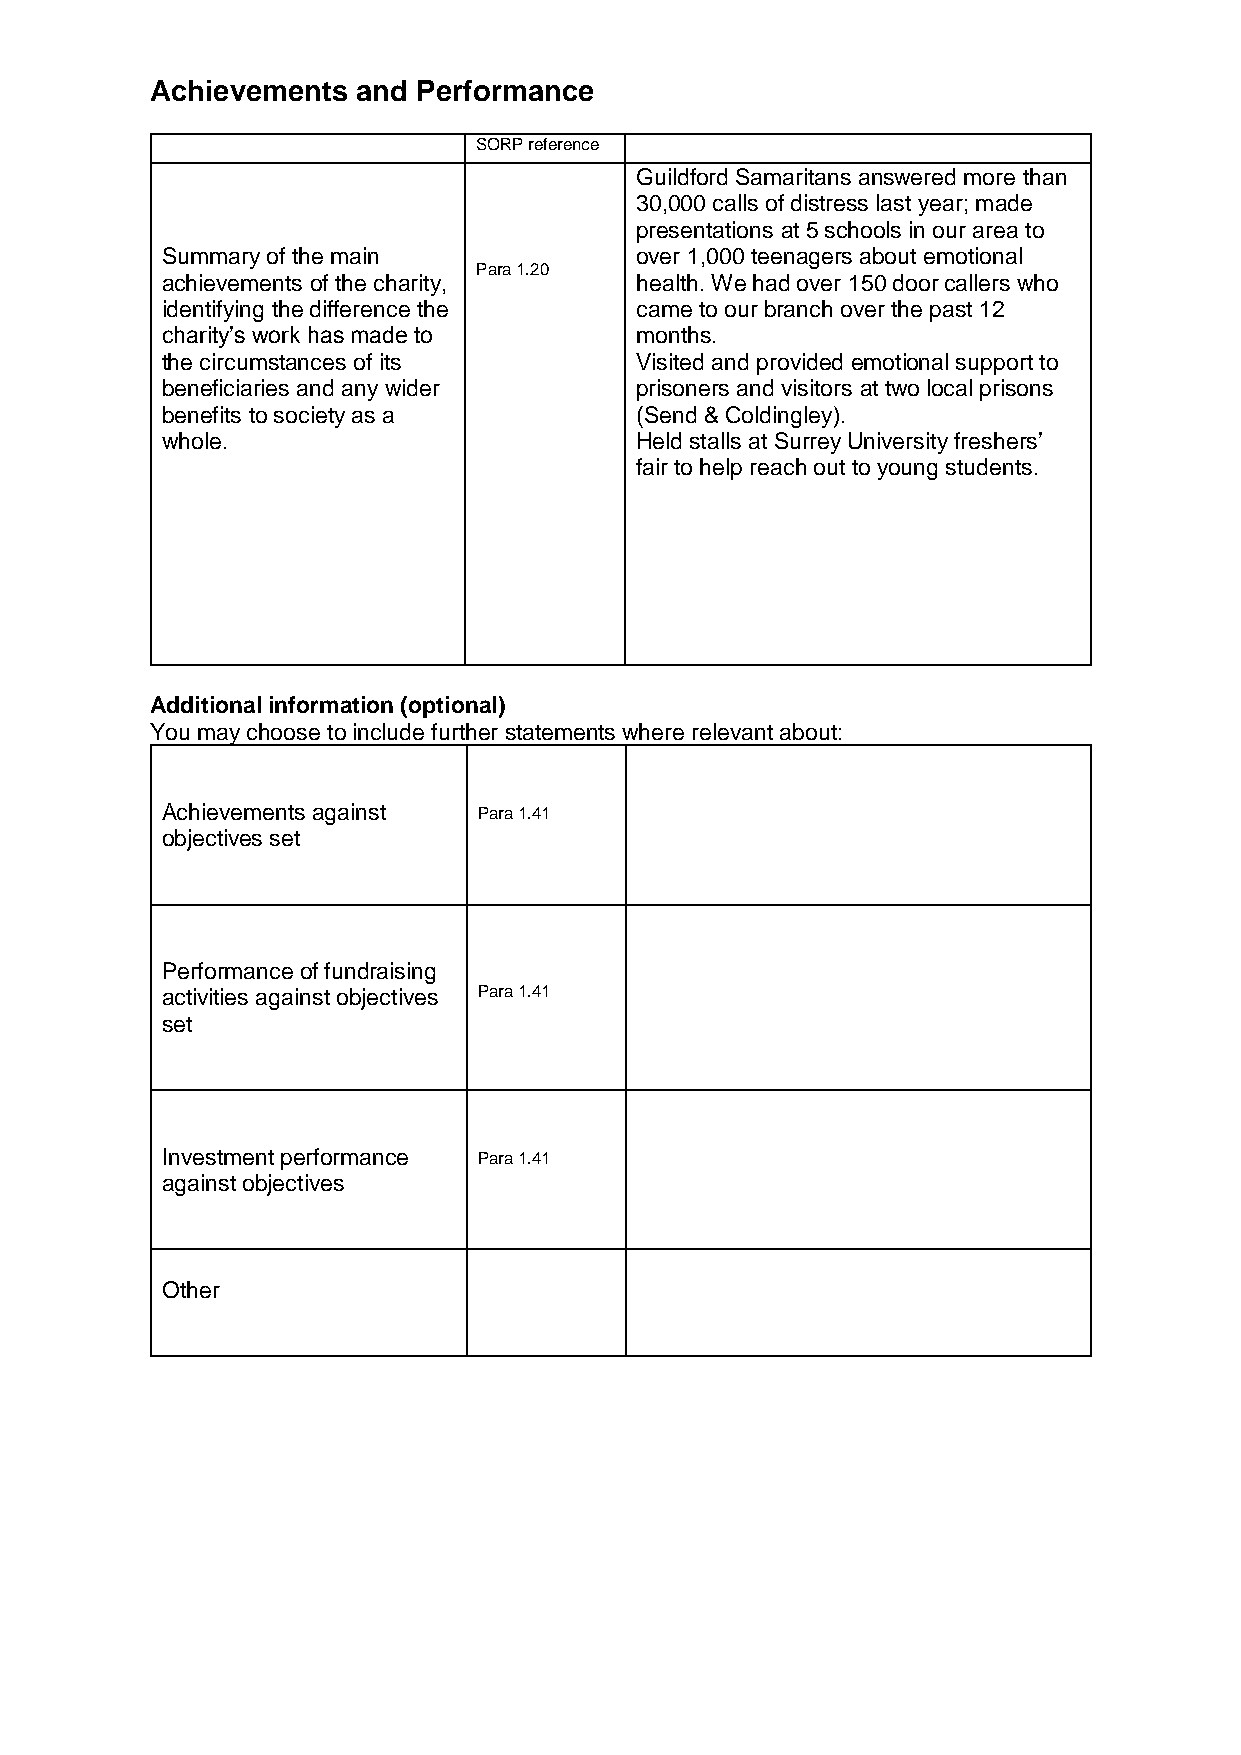
Achievements  and Performance
 SORP reference
 Guildford Samaritans answered more than
 30,000 calls of distress last year; made
 presentations at 5 schools in our area to
 Summary of the main            over 1,000 teenagers about emotional
 Para 1.20
 achievements of the charity,   health. We had over 150 door callers who
 identifying the difference the came to our branch over the past 12
 charity’s work has made to     months.
 the circumstances of its       Visited and provided emotional support to
 beneficiaries and any wider    prisoners and visitors at two local prisons
 benefits to society as a       (Send & Coldingley).
 whole.                         Held stalls at Surrey University freshers’
 fair to help reach out to young students.
 Additional information (optional)
 You may choose to include further statements where relevant about:
 Achievements against Para 1.41
 objectives set
 Performance of fundraising
 activities against objectives Para 1.41
 set
 Investment performance Para 1.41
 against objectives
 Other